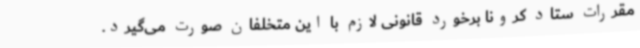
مقررات ستاد کرونا برخورد قانونی لازم با این متخلفان صورت می‌گیرد.